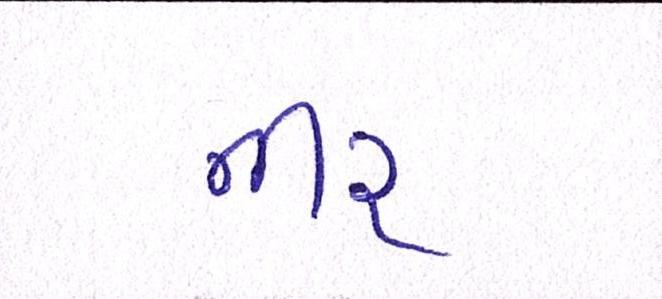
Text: નીર